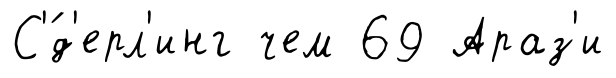
С'́д'ерл'инг чем 69 Араз'и